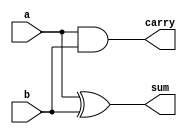
module half_adder(a,b,sum,carry);
  input  a,b;
  output sum,carry;

  assign sum = a ^ b;
  assign carry = a & b;
endmodule

module fa_using_ha(a,b,c_in,sum,c_out);
    input a,b,c_in;
    output sum,c_out;
    wire w1,w2,w3;

    half_adder HA1(.a(a),.b(b),.sum(w1),.carry(w2));
    half_adder HA2(.a(w1),.b(c_in),.sum(sum),.carry(w3));
    or OR1(c_out, w2,w3);
endmodule

module bit4_adder_sub(A,B, C_in,S,Cout);
input [3:0]A;
input [3:0]B;
input C_in;
output [3:0]S;
output Cout;
wire c1,c2,c3;
wire w0,w1,w2,w3;

assign w0 = C_in^B[0];
assign w1 = C_in^B[1];
assign w2 = C_in^B[2];
assign w3 = C_in^B[3];

fa_using_ha FA1(.a(A[0]),.b(w0),.c_in(C_in),.sum(S[0]),.c_out(c1));
fa_using_ha FA2(.a(A[1]),.b(w1),.c_in(c1),.sum(S[1]),.c_out(c2));
fa_using_ha FA3(.a(A[2]),.b(w2),.c_in(c2),.sum(S[2]),.c_out(c3));
fa_using_ha FA4(.a(A[3]),.b(w3),.c_in(c3),.sum(S[3]),.c_out(Cout));

endmodule